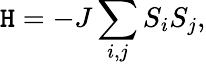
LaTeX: \mathtt{H}=-J\sum_{i,j}S_{i}S_{j},